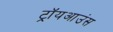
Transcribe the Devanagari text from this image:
ट्रॉयआउंस